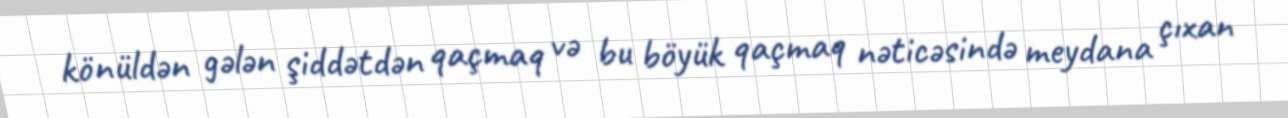
könüldən gələn şiddətdən qaçmaq və bu böyük qaçmaq nəticəsində meydana çıxan